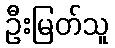
ဦးမြတ်သူ